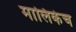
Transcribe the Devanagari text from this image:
मालिकेच